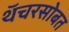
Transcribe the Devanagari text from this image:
थॅचरसोबत